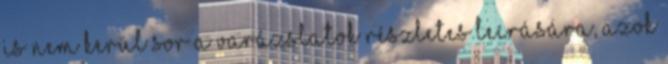
is nem kerül sor a varázslatok részletes leírására, azok